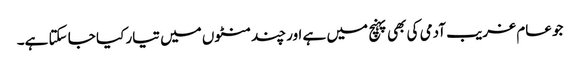
جو عام غریب آدمی کی بھی پہنچ میں ہے اور چند منٹوں میں تیار کیا جا سکتا ہے۔